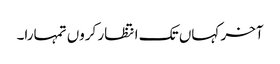
آخر کہاں تک انتظار کروں تمہارا۔